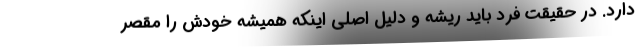
دارد. در حقیقت فرد باید ریشه و دلیل اصلی اینکه همیشه خودش را مقصر